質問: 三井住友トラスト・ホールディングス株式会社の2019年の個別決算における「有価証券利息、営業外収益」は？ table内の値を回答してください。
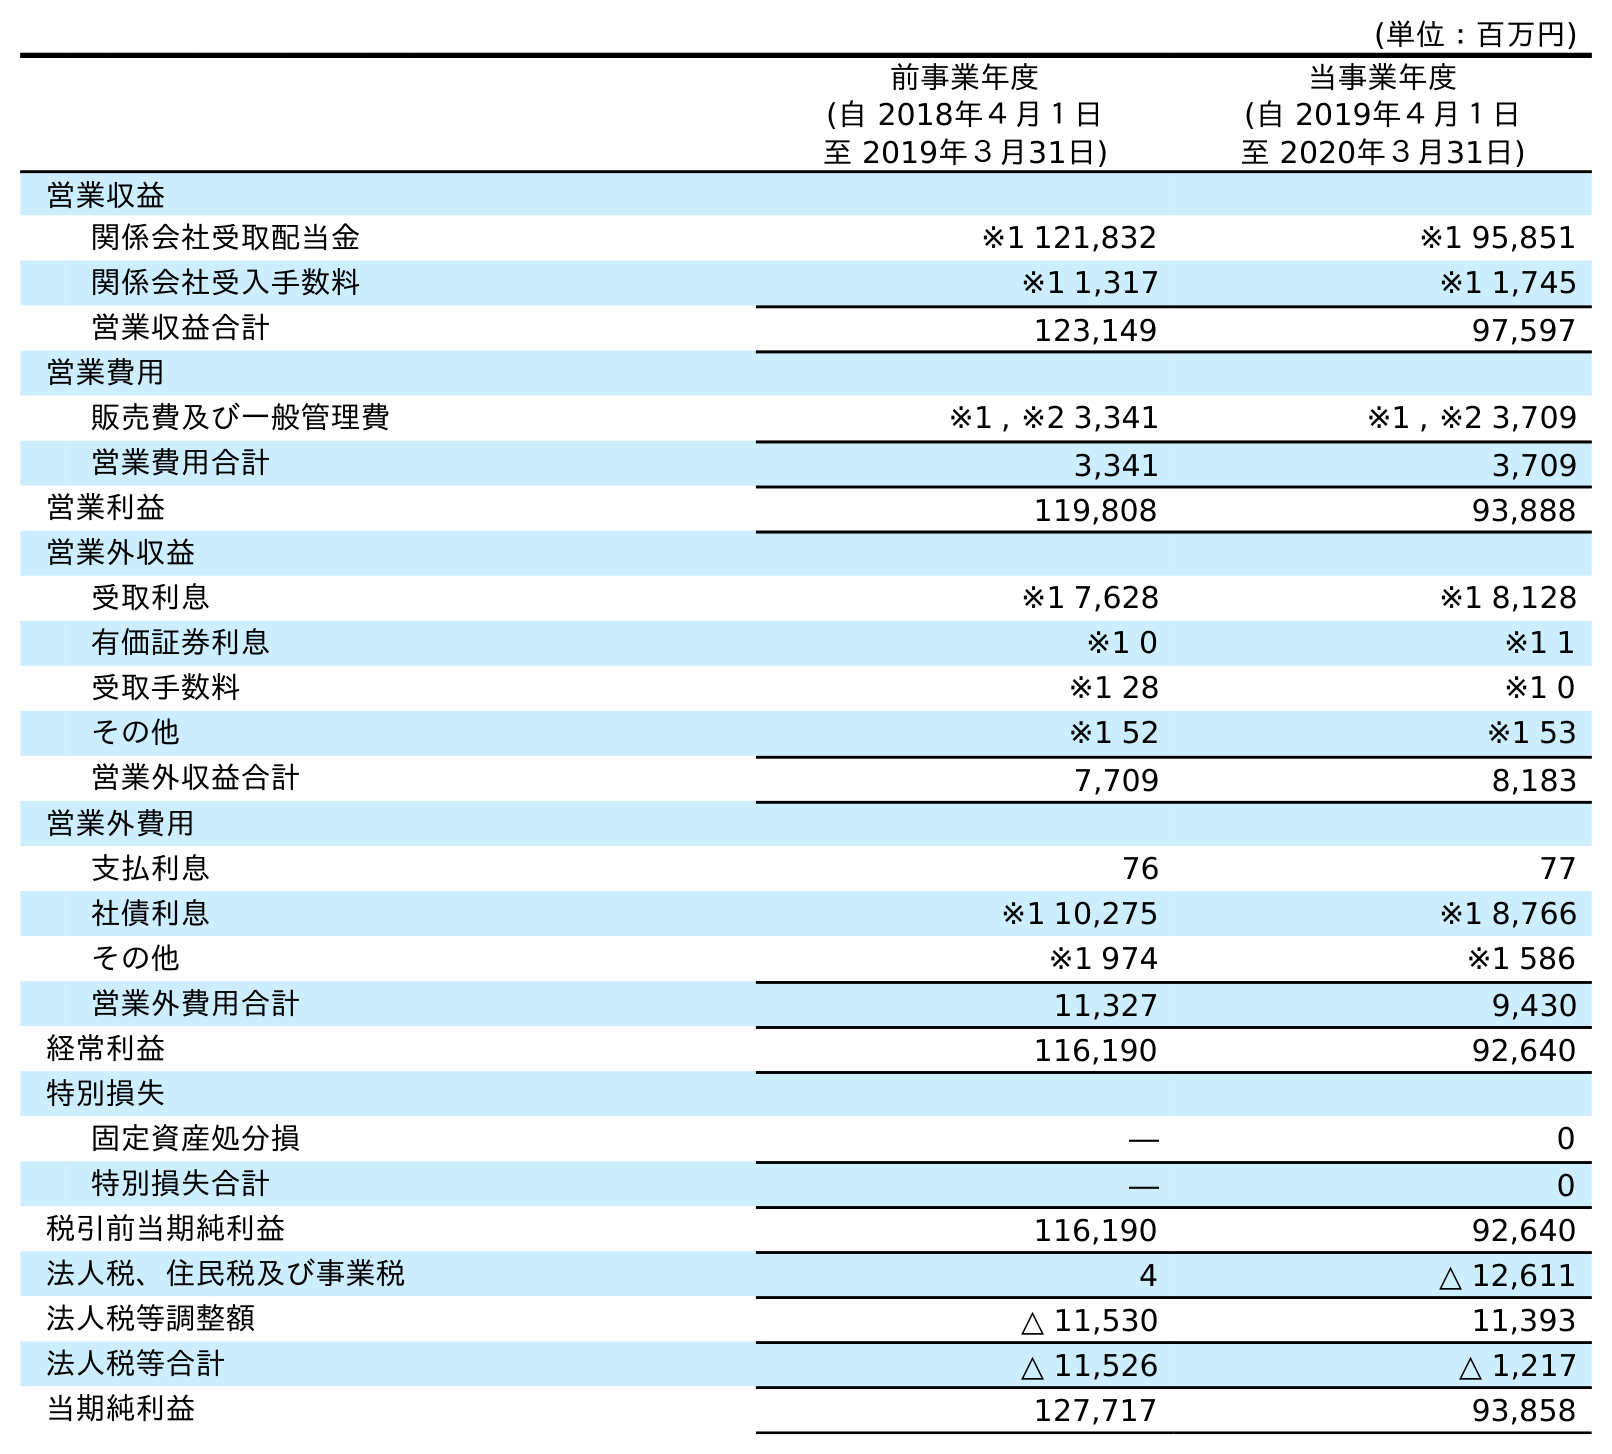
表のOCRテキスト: (単位：百万円) 前事業年度 (自 2018年４月１日 至 2019年３月31日) 当事業年度 (自 2019年４月１日 至 2020年３月31日) 営業収益 関係会社受取配当金 ※1 121,832 ※1 95,851 関係会社受入手数料 ※1 1,317 ※1 1,745 営業収益合計 123,149 97,597 営業費用 販売費及び一般管理費 ※1 , ※2 3,341 ※1 , ※2 3,709 営業費用合計 3,341 3,709 営業利益 119,808 93,888 営業外収益 受取利息 ※1 7,628 ※1 8,128 有価証券利息 ※1 0 ※1 1 受取手数料 ※1 28 ※1 0 その他 ※1 52 ※1 53 営業外収益合計 7,709 8,183 営業外費用 支払利息 76 77 社債利息 ※1 10,275 ※1 8,766 その他 ※1 974 ※1 586 営業外費用合計 11,327 9,430 経常利益 116,190 92,640 特別損失 固定資産処分損 ― 0 特別損失合計 ― 0 税引前当期純利益 116,190 92,640 法人税、住民税及び事業税 4 △ 12,611 法人税等調整額 △ 11,530 11,393 法人税等合計 △ 11,526 △ 1,217 当期純利益 127,717 93,858
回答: ※10